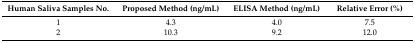
<table><thead><tr><td><b>Human Saliva Samples No.</b></td><td><b>Proposed Method (ng/mL)</b></td><td><b>ELISA Method (ng/mL)</b></td><td><b>Relative Error (%)</b></td></tr></thead><tbody><tr><td>1</td><td>4.3</td><td>4.0</td><td>7.5</td></tr><tr><td>2</td><td>10.3</td><td>9.2</td><td>12.0</td></tr></tbody></table>